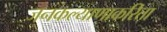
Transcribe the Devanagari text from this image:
जनकल्याणाकरिता